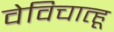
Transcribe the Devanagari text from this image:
वेविचात्हू